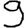
Digit: 9